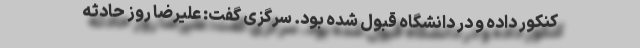
کنکور داده و در دانشگاه قبول شده بود. سرگزی گفت: علیرضا روز حادثه